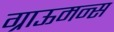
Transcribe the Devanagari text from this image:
ग्राऊमन्स